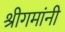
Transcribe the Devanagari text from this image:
श्रीगमांनी